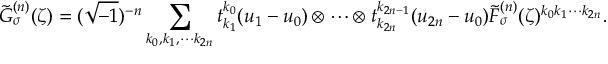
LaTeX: \tilde { G } _ { \sigma } ^ { ( n ) } ( \zeta ) = ( \sqrt { - 1 } ) ^ { - n } \sum _ { k _ { 0 } , k _ { 1 } , \cdots k _ { 2 n } } t _ { k _ { 1 } } ^ { k _ { 0 } } ( u _ { 1 } - u _ { 0 } ) \otimes \cdots \otimes t _ { k _ { 2 n } } ^ { k _ { 2 n - 1 } } ( u _ { 2 n } - u _ { 0 } ) \tilde { F } _ { \sigma } ^ { ( n ) } ( \zeta ) ^ { k _ { 0 } k _ { 1 } \cdots k _ { 2 n } } .